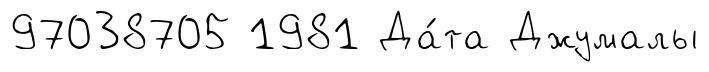
97038705 1981 Да́та Джумалы